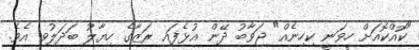
"ކޮއްކޮއަށް ހީވަނީ ކިހިނެއް" ޖަވާބު ދޭން އުޅެފައި ރަޒާގެ ހިޔާލު ބަދަލުވި އެވެ.